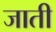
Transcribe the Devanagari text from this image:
जाती